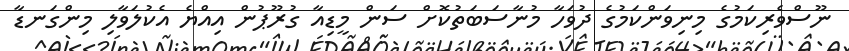
ނޫސްވެރިކަމުގެ މިނިވަންކަމުގެ ދުވަހާ މުނާސަބަތުކޮށް ސަން މީޑިއާ ގުރޫޕުން އިއްޔެ އެކުލަވާލި މިންގަނޑާ